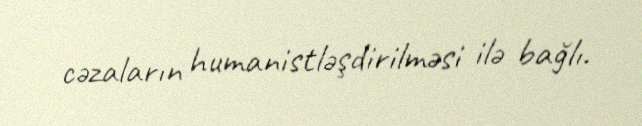
cəzaların humanistləşdirilməsi ilə bağlı.